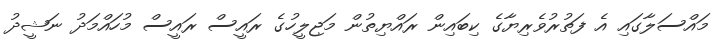
މައްސަލާގައި އެ ފަތުރުވެރިޔާގެ ކިބައިން ރައްޔިތުން މަޖިލީހުގެ ރައީސް ރައީސް މުހައްމަދު ނަޝީދު